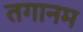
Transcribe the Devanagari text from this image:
तगानम